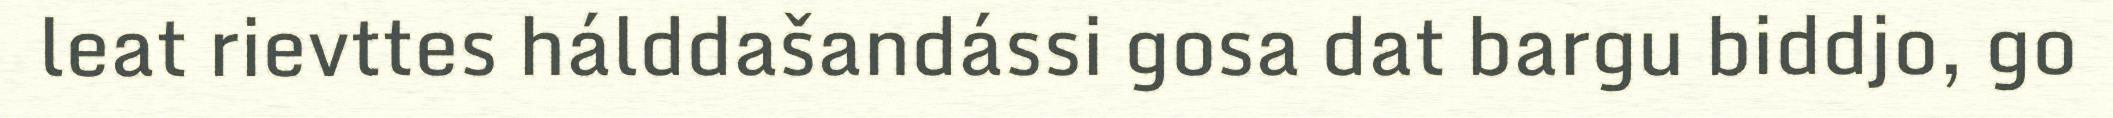
leat rievttes hálddašandássi gosa dat bargu biddjo, go